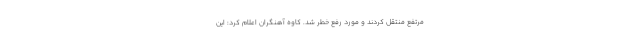
مرتفع منتقل کردند و مورد رفع خطر شد. کاوه آهنگران اعلام کرد: این